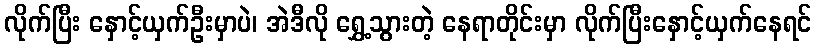
လိုက်ပြီး နှောင့်ယှက်ဦးမှာပဲ၊ အဲဒီလို ရွှေ့သွားတဲ့ နေရာတိုင်းမှာ လိုက်ပြီးနှောင့်ယှက်နေရင်